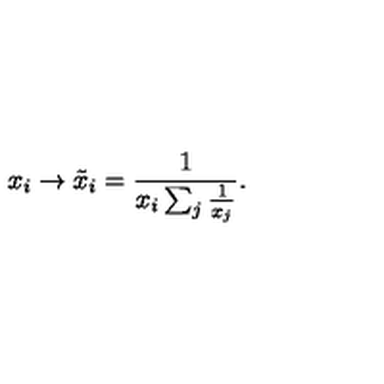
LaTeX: x _ { i } \rightarrow \tilde { x } _ { i } = \frac { 1 } { x _ { i } \sum _ { j } \frac { 1 } { x _ { j } } } .